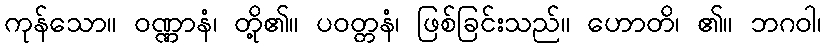
ကုန်သော။ ဝဏ္ဏာနံ၊ တို့၏။ ပဝတ္တနံ၊ ဖြစ်ခြင်းသည်။ ဟောတိ၊ ၏။ ဘဂဝါ၊